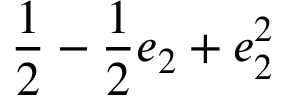
\displaystyle \frac { 1 } { 2 } - \frac { 1 } { 2 } e _ { 2 } + e _ { 2 } ^ { 2 }